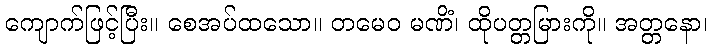
ကျောက်ဖြင့်ပြီး။ စေအပ်ထသော။ တမေဝ မဏိံ၊ ထိုပတ္တမြားကို။ အတ္တနော၊